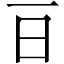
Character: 𣄼